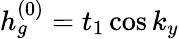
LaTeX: h_{g}^{(0)}=t_{1}\cos k_{y}